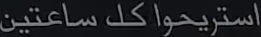
استريحوا كل ساعتين